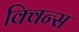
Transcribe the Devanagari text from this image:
क्विन्‍स